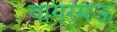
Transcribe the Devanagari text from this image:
बागरमऊ